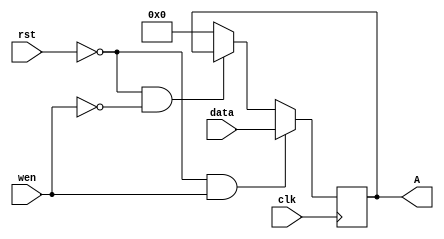
module registers_two #(
	parameter W=4 
) 
(
	input clk, 
	input [W-1:0] data, 
	input rst,
	input wen, 
	output reg [W-1:0] A
);  

	always @(posedge clk) begin 
		if (rst == 0 && wen == 1) begin 
			A <= data; // If write enable is high and reset is low, transfer the data 
			// to the register. 
		end 
		
		else if (rst == 0 && wen == 0) begin  
			A <= A; // If write enable is low, retain the previous data. 
		end 
		
		else begin 
			A <= 0; // If reset is high, reset the register value. 
		end 
		
	end 

endmodule